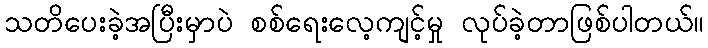
သတိပေးခဲ့အပြီးမှာပဲ စစ်ရေးလေ့ကျင့်မှု လုပ်ခဲ့တာဖြစ်ပါတယ်။